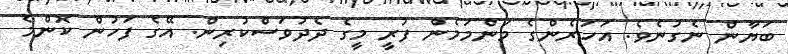
ބަޔާން ނެގުނެވެ. އަހަރެންގެ މަންމަމެން ފުރީ މީގެ ދެދުވަސްކުރިން. އޭގެ ފަހުން ކޮންމެ